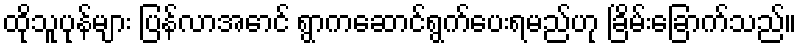
ထိုသူပုန်များ ပြန်လာအောင် ရွာကဆောင်ရွက်ပေးရမည်ဟု ခြိမ်းခြောက်သည်။